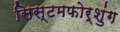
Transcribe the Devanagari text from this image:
सिस्टमफोर्शुंग